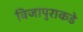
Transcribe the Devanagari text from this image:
विजापुराकडे